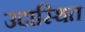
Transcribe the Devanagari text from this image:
उदास्थित